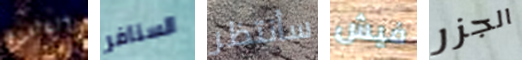
التالون السنافر سأنتظر فيش الجزر